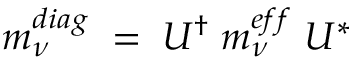
m _ { \nu } ^ { d i a g } \; = \; U ^ { \dag } \; m _ { \nu } ^ { e f f } \; U ^ { \ast }